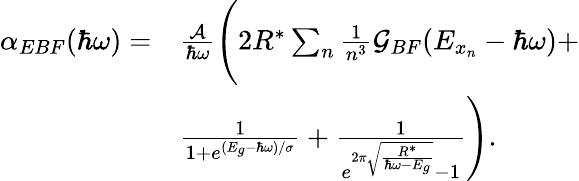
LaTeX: \begin{array}{rl}{\alpha_{EBF}(\hbar\omega)=}&{\frac{\mathcal{A}}{\hbar\omega}\Bigg(2R^{*}\sum_{n}\frac{1}{n^{3}}\mathcal{G}_{BF}(E_{x_{n}}-\hbar\omega)+}\\ &{\frac{1}{1+e^{(E_{g}-\hbar\omega)/\sigma}}+\frac{1}{e^{2\pi\sqrt{\frac{R^{*}}{\hbar\omega-E_{g}}}}-1}\Bigg).}\end{array}